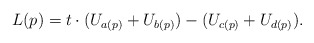
\begin{align*} L(p) = t \cdot (U_{a(p)} + U_{b(p)}) - (U_{c(p)} + U_{d(p)}). \end{align*}